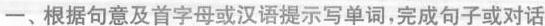
一、根据句意及首字母或汉语提示写单词,完成句子或对话